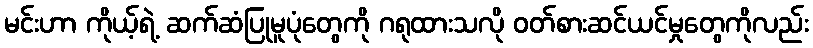
မင်းဟာ ကိုယ့်ရဲ့ ဆက်ဆံပြုမူပုံတွေကို ဂရုထားသလို ဝတ်စားဆင်ယင်မှုတွေကိုလည်း